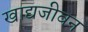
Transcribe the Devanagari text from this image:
खाद्यजीवन